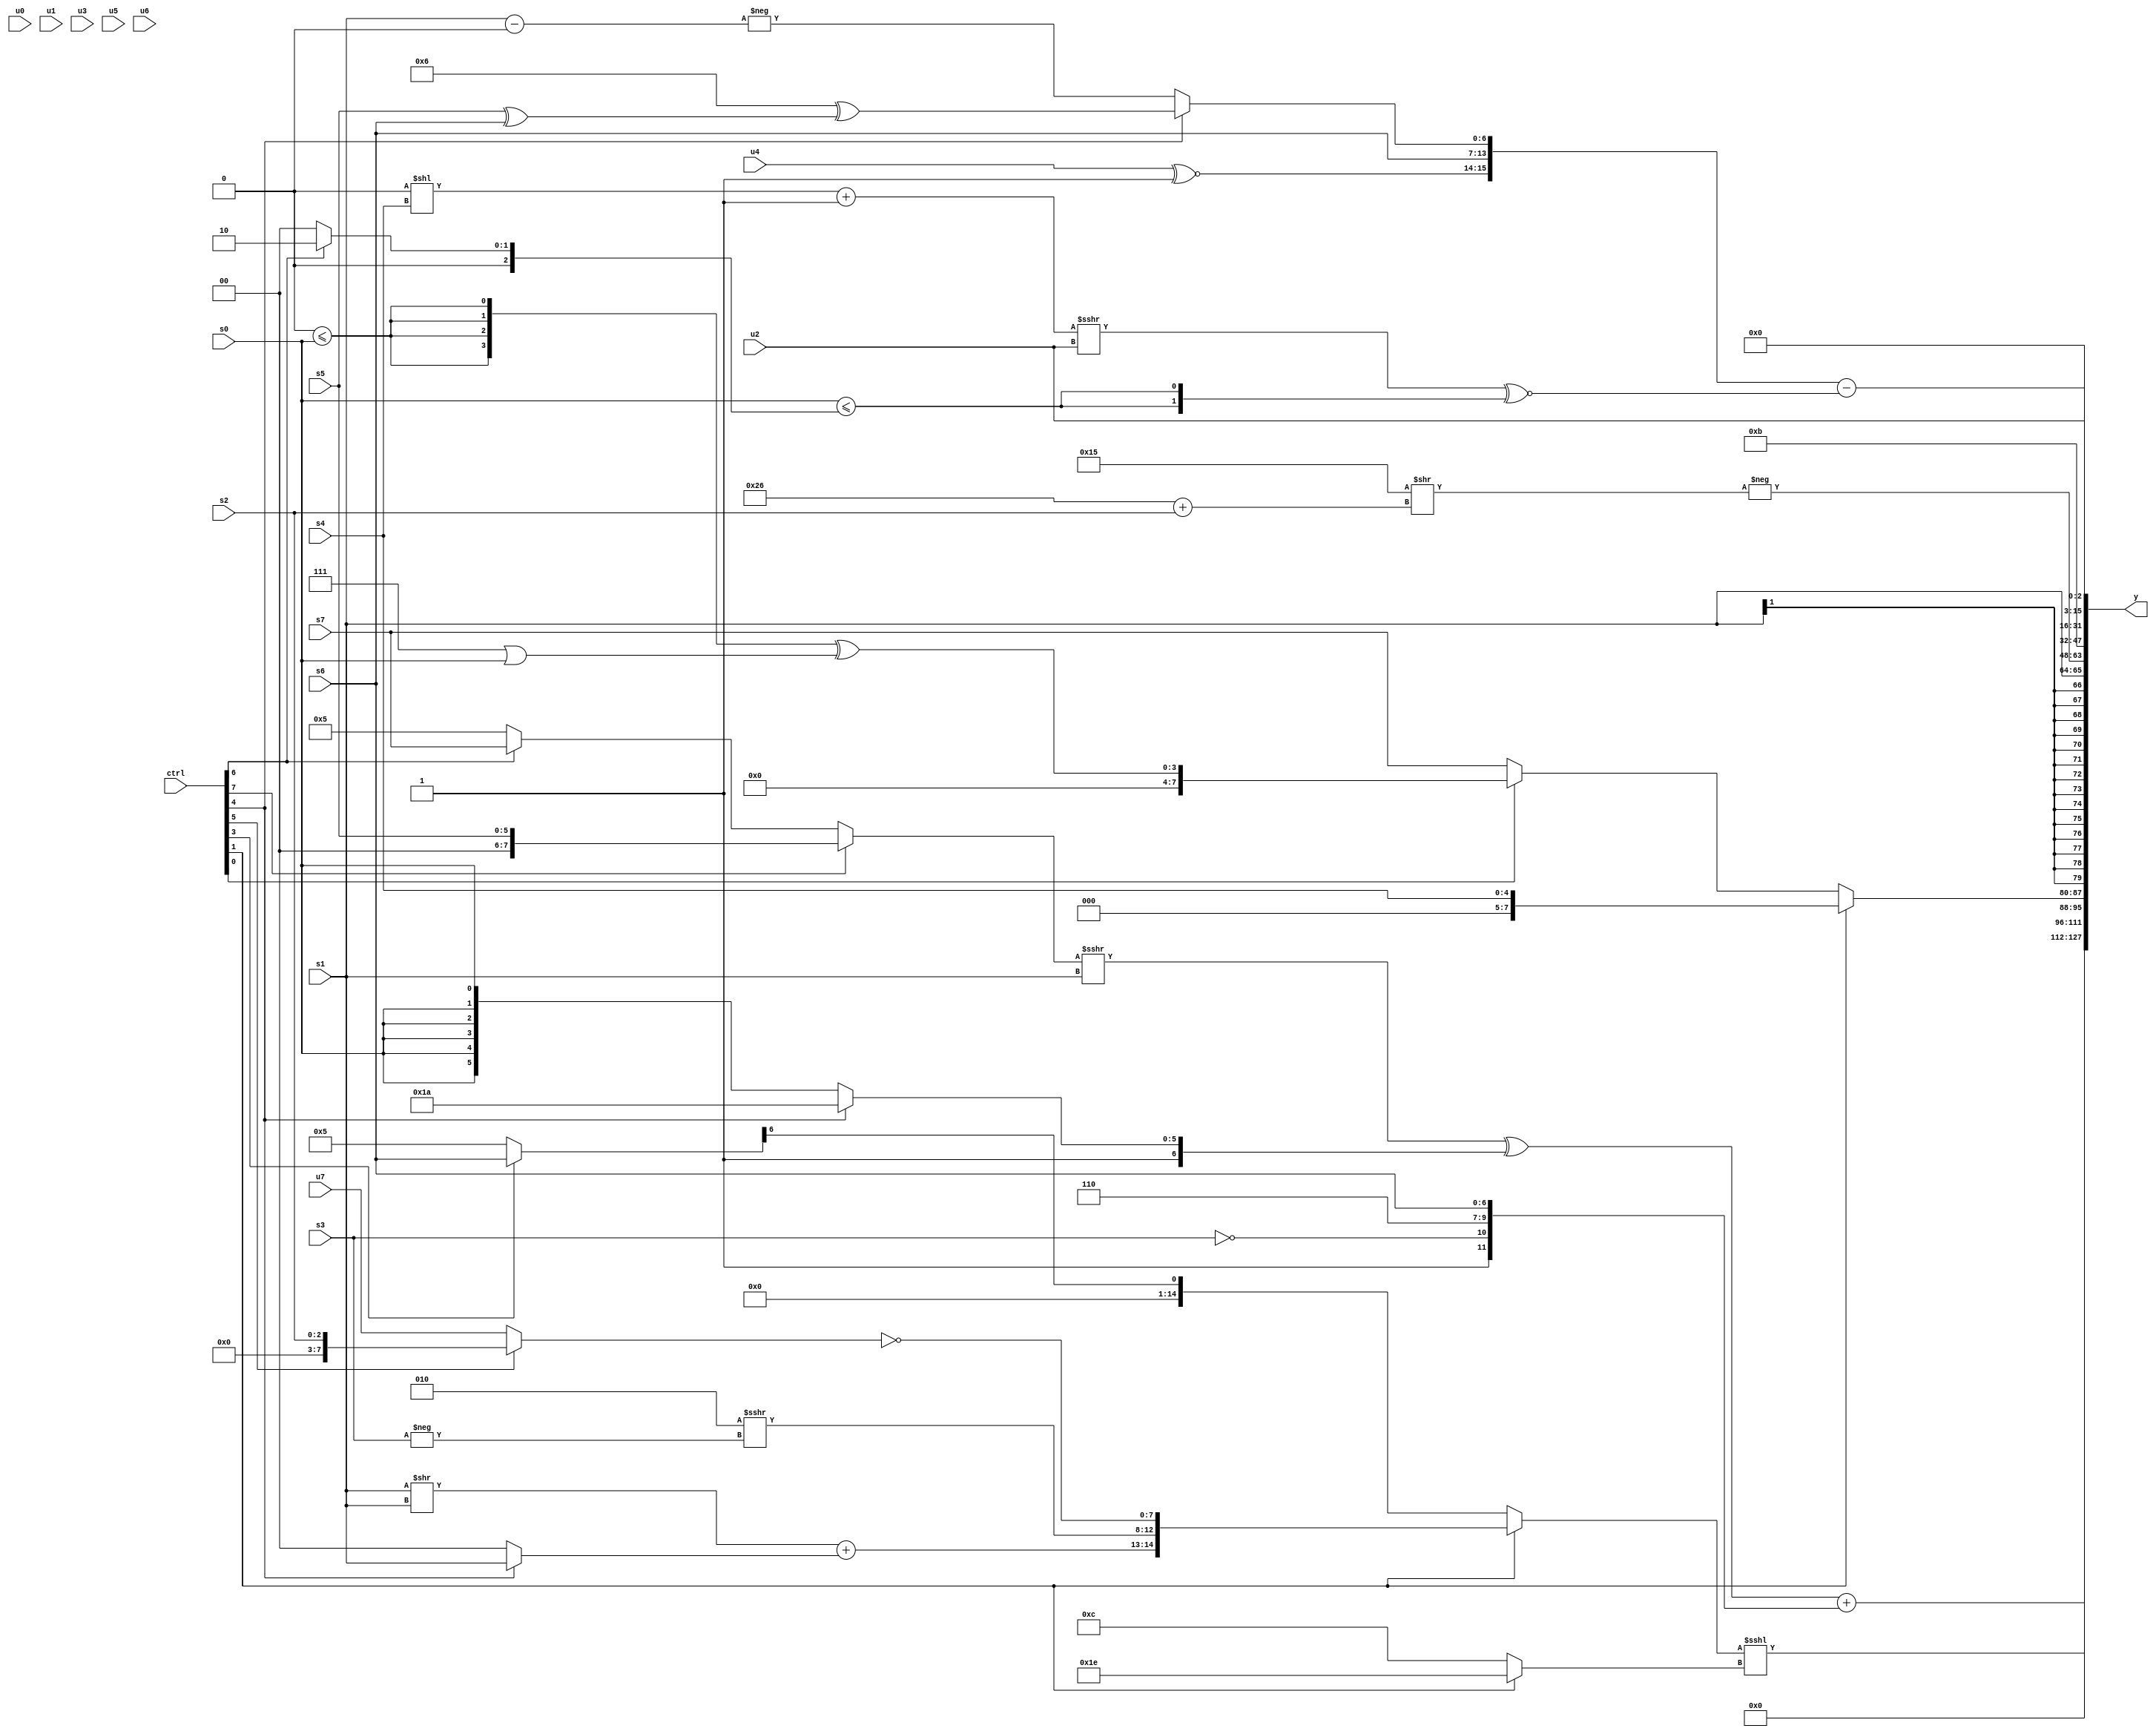
module wideexpr_00631(ctrl, u0, u1, u2, u3, u4, u5, u6, u7, s0, s1, s2, s3, s4, s5, s6, s7, y);
  input [7:0] ctrl;
  input [0:0] u0;
  input [1:0] u1;
  input [2:0] u2;
  input [3:0] u3;
  input [4:0] u4;
  input [5:0] u5;
  input [6:0] u6;
  input [7:0] u7;
  input signed [0:0] s0;
  input signed [1:0] s1;
  input signed [2:0] s2;
  input signed [3:0] s3;
  input signed [4:0] s4;
  input signed [5:0] s5;
  input signed [6:0] s6;
  input signed [7:0] s7;
  output [127:0] y;
  wire [15:0] y0;
  wire [15:0] y1;
  wire [15:0] y2;
  wire [15:0] y3;
  wire [15:0] y4;
  wire [15:0] y5;
  wire [15:0] y6;
  wire [15:0] y7;
  assign y = {y0,y1,y2,y3,y4,y5,y6,y7};
  assign y0 = ((((ctrl[7]?$signed(s5):(ctrl[6]?s7:3'sb101)))>>>(s1))^({1'sb1,(ctrl[4]?6'sb011010:+(s0))}))+($signed(+({2'b01,!(s3),3'b110,{s6}})));
  assign y1 = ({1{(ctrl[1]?{((s1)>>(s1))+((ctrl[4]?s1:1'sb0)),(5'sb00010)>>>(-(s3)),~((ctrl[5]?s2:u7))}:+(((ctrl[3]?s6:3'b101))>>(5'sb00110)))}})<<<((ctrl[1]?4'sb1110:5'sb01100));
  assign y2 = (ctrl[1]?s4:(ctrl[0]?(+({4{({2{2'b00}})<=(s0)}}))^((3'sb111)|(s0)):s7));
  assign y3 = s1;
  assign y4 = -(($signed(6'sb010101))>>((6'sb100110)+(s2)));
  assign y5 = $signed({1{5'sb01011}});
  assign y6 = ($signed({$signed((u4)^~(~^(+(6'sb011101)))),s6,$unsigned((ctrl[4]?(6'sb000110)^((s5)^(s6)):-((s1)-(3'sb000))))}))-($signed(((($unsigned((2'sb00)<<(s4)))+(~&(2'sb00)))>>>($signed($unsigned(u2))))^~({2{(s0)<=($signed((ctrl[6]?3'b010:2'b00)))}})));
  assign y7 = u2;
endmodule